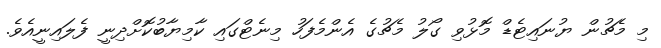
މި މެޗުން ޔުނައިޓެޑް މޮޅުވި ގޯލު މެޗުގެ އެންމެފަހު މިނެޓްގައި ކާމިޔާބުކޮށްދިނީ ފެލައިނީއެވެ.